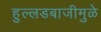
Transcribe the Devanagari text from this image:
हुल्लडबाजीमुळे